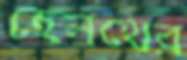
হেলথের